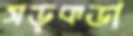
সড়কডা